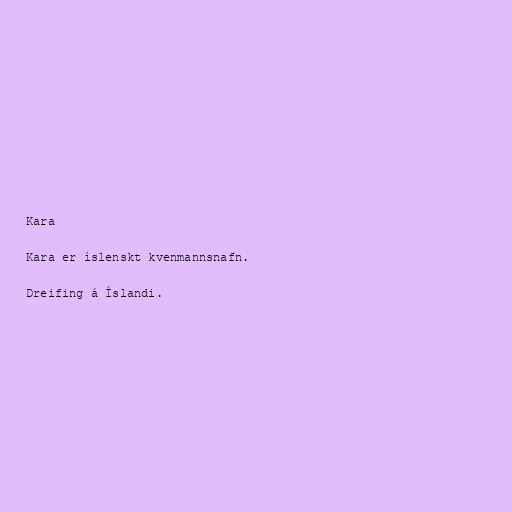
Kara

Kara er íslenskt kvenmannsnafn.

Dreifing á Íslandi.